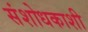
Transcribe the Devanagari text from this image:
संशोधकाशी